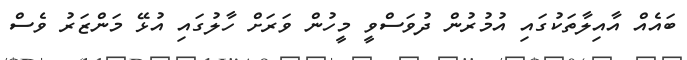
ބައެއް އާއިލާތަކުގައި އުމުރުން ދުވަސްވީ މީހުން ވަރަށް ހާލުގައި އުޅޭ މަންޒަރު ވެސް